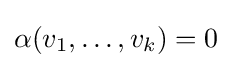
\alpha (v_{1},\dots ,v_{k})=0